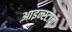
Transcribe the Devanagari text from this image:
आइन्स्टान